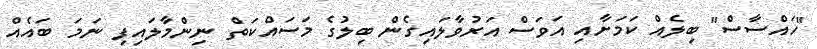
"ހައްސާސް" ބިލެއް ކަމަށާއި އަވަސް އަރުވާލައިގެން ބިލުގެ މަސައްކަތް ނިންމާލައިފި ނަމަ ބައެއް